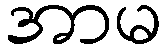
အာမ